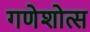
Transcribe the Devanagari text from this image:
गणेशोत्स